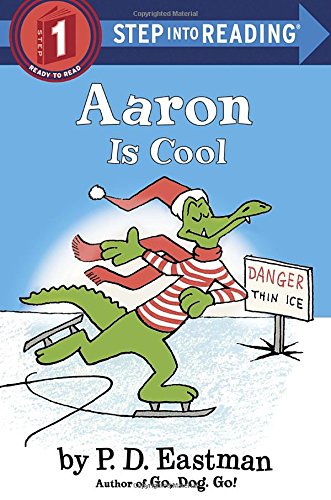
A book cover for Aaron is Cool (Step into Reading); P.D. Eastman; Children's Books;